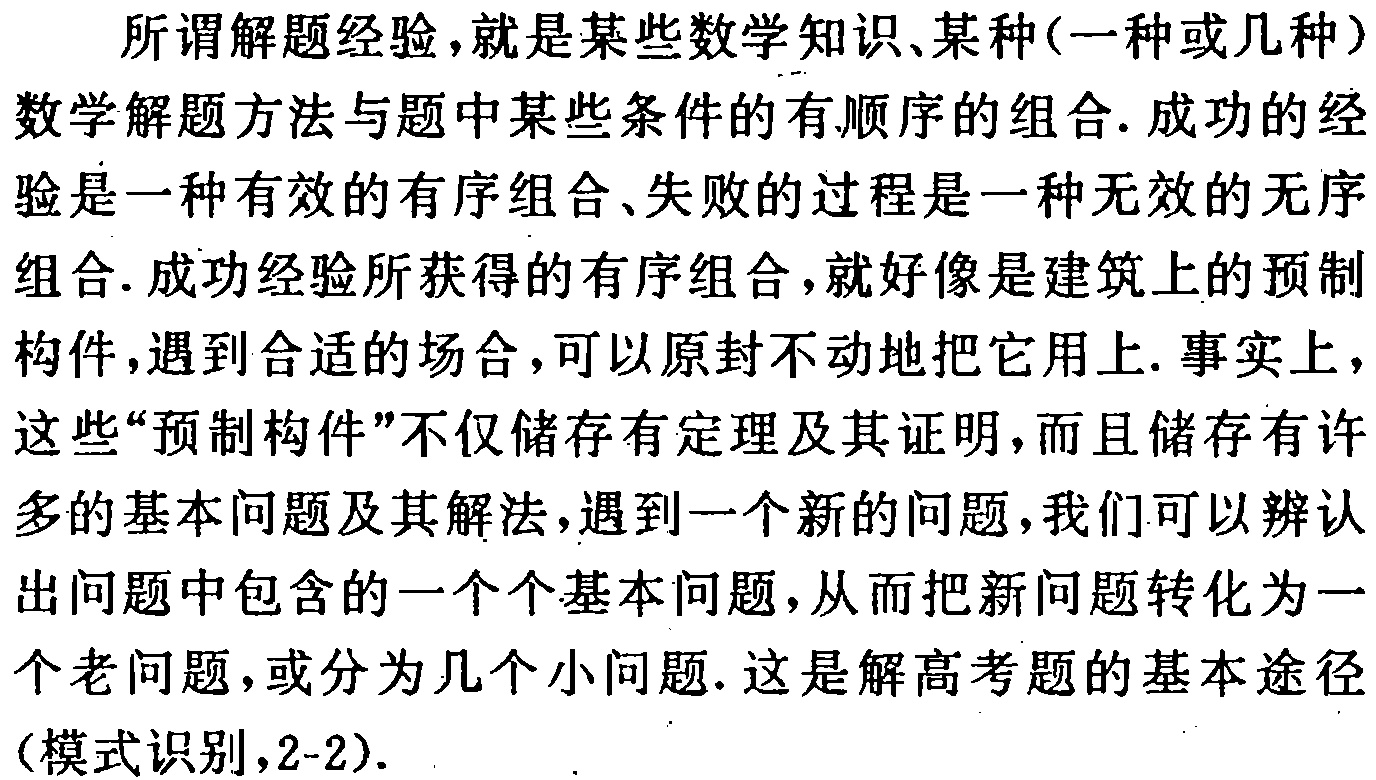
所谓解题经验，就是某些数学知识、某种(一种或几种)数学解题方法与题中某些条件的有顺序的组合. 成功的经验是一种有效的有序组合、失败的过程是一种无效的无序组合. 成功经验所获得的有序组合，就好像是建筑上的预制构件，遇到合适的场合，可以原封不动地把它用上. 事实上，这些“预制构件”不仅储存有定理及其证明，而且储存有许多的基本问题及其解法，遇到一个新的问题，我们可以辨认出问题中包含的一个个基本问题，从而把新问题转化为一个老问题，或分为几个小问题. 这是解高考题的基本途径(模式识别,2-2).